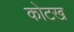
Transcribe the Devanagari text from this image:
कोटख